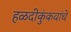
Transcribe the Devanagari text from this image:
हळदीकुंकवांचे